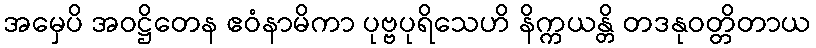
အမှေပိ အဝဋ္ဌိတေန ဧဝံနာမိကာ ပုဗ္ဗပုရိသေဟိ နိက္ကယန္တိ တဒနုဝတ္တိတာယ